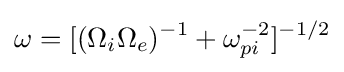
\omega =[(\Omega _{i}\Omega _{e})^{-1}+\omega _{pi}^{-2}]^{-1/2}